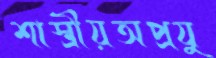
শাস্ত্রীয়অপ্রযু